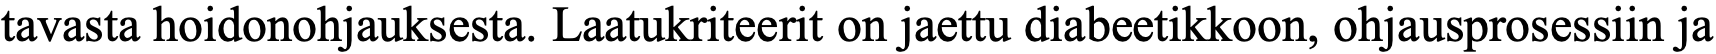
tavasta hoidonohjauksesta. Laatukriteerit on jaettu diabeetikkoon, ohjausprosessiin ja